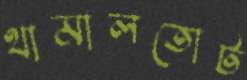
থামালতোট